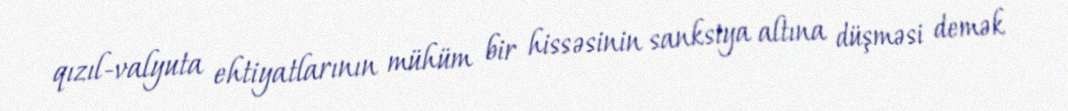
qızıl-valyuta ehtiyatlarının mühüm bir hissəsinin sanksiya altına düşməsi demək